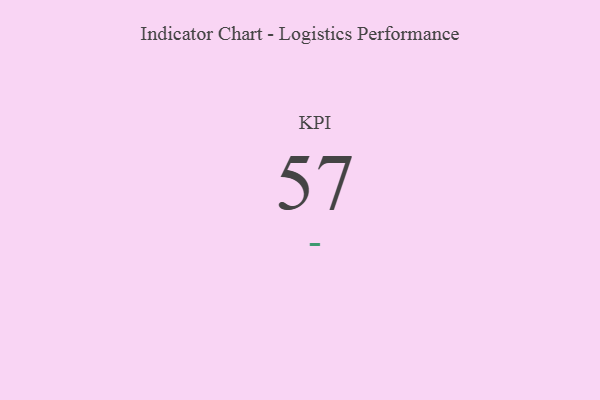
{"axis": {"x": "KPI", "y": "Value"}, "legend": [""], "data": [{"x": "KPI", "y": 57, "type": ""}]}